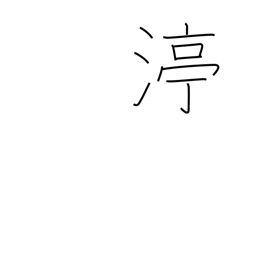
Meaning: stop